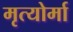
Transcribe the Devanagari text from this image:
मृत्योर्मा